Report of the Hyderabad Chloroform Commission
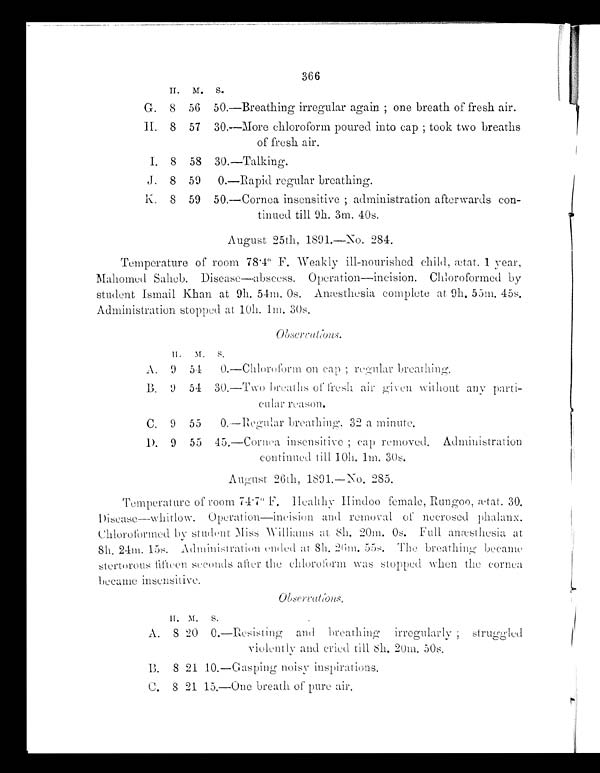
366
H. M. S.
G. 8 56 50.—Breathing irregular again ; one breath of fresh air.
H. 8 57 30.—More chloroform poured into cap ; took two breaths
of fresh air.
I. 8 58 30.—Talking.
J. 8 59
0.—Rapid regular breathing.
K. 8 59 50.—Cornea insensitive ; administration afterwards con-
tinued till 9h. 3m. 40s.
August 25th, 1891.—No. 284.
Temperature of room 78.4º F. Weakly ill-nourished child, ætat. 1 year,
Mahomed Saheb. Disease—abscess. Operation—incision. Chloroformed by
student Ismail Khan at 9h. 54m. 0s. Anæsthesia complete at 9h. 55m. 45s.
Administration stopped at 10h. 1m. 30s.
H . M. s.
A. 9 54
0.—Chloroform on cap ; regular breathing.
B . 9 54 30 .—Two breaths of fresh air given without any parti-
c u l a r r e a s o n .
C. 9 55
0.—Regular breathing. 32 a minute.
D. 9 55 45.—Cornea insensitive ; cap removed. Administration
continued till 10h, 1m. 30s.
August 26th, 1891.—No. 285.
Temperature of room 74.7º F. Healthy Hindoo female, Rungoo, ætat. 30.
Disease—whitlow. Operation—incision and removal of necrosed phalanx.
Chloroformed by student Miss Williams at 8h. 20m. 0s. Full anæsthesia at
8h. 24m. 15s. Administration ended at 8h. 26m. 55s. The breathing became
stertorous fifteen seconds after the chloroform was stopped when the cornea
became insensitive.
Observations.
H. M. S.
A. 8 20 0.—Resisting and breathing
irregularly ; struggled
violently and cried till 8h. 20m. 50s.
B. 8 21 10.—Gasping noisy inspirations.
C. 8 21 15.—One breath of pure air.